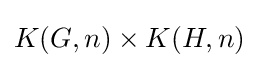
K(G,n)\times K(H,n)